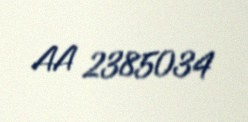
AA 2385034